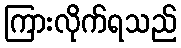
ကြားလိုက်ရသည်